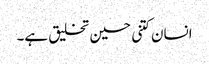
انسان کتنی حسین تخلیق ہے۔